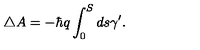
\triangle A = - \hbar q \int _ { 0 } ^ { S } d s \gamma ^ { \prime } .